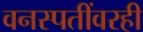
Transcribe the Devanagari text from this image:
वनस्पतींवरही